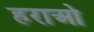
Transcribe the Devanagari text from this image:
हराओ